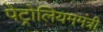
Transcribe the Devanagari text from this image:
पेट्रोलियममंत्री